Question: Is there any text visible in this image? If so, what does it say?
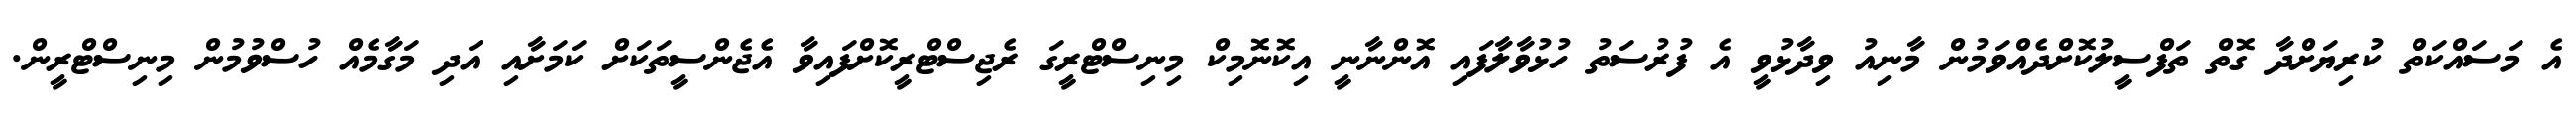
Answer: އެ މަސައްކަތް ކުރިޔަށްދާ ގޮތް ތަފްސީލުކޮށްދެއްވަމުން މާނިއު ވިދާޅުވީ އެ ފުރުސަތު ހުޅުވާލާފައި އޮންނާނީ އިކޮނޮމިކް މިނިސްޓްރީގަ ރެޖިސްޓްރީކޮށްފައިވާ އެޖެންސީތަކަށް ކަމަށާއި އަދި މަގާމެއް ހުސްވުމުން މިނިސްޓްރީން.